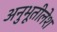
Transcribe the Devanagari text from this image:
अनुभूतीलेश